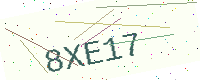
Text: 8XE17